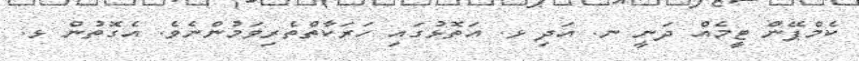
ކެމްޕޭން ޓީމެއް ދަނީ ނ. އަދި ޅ. އަތޮޅުގައި ހަރަކާތްތެރިވަމުންނެވެ. އެގޮތުން ޅ.